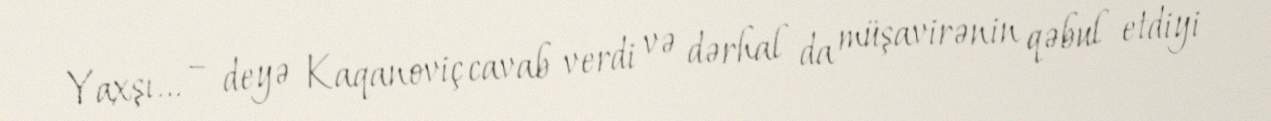
Yaxşı... – deyə Kaqanoviç cavab verdi və dərhal da müşavirənin qəbul etdiyi